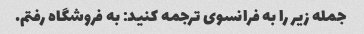
جمله زیر را به فرانسوی ترجمه کنید: به فروشگاه رفتم.